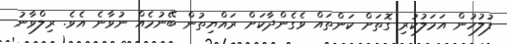
ފުލުހުން އަމަލުކުރި ގޮތަށް ކަންތައް ވެގެންދާކަށް ރައްޔިތުން ބޭނުމެއް ނުވާނެ އެވެ. ރިލްވާނު